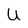
Character: U